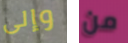
وإلى من